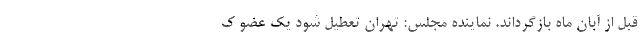
قبل از آبان ماه بازگرداند. نماینده مجلس: تهران تعطیل شود یک عضو ک